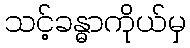
သင့်ခန္ဓာကိုယ်မှ